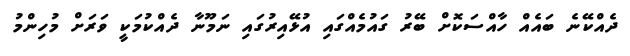
ދެއްކޭނެ ބައެއް ހާއްސަކޮށް ބޭރު ގައުމެއްގައި އުޅޭއިރުގައި ނަމޫނާ ދެއްކުމަކީ ވަރަށް މުހިންމު